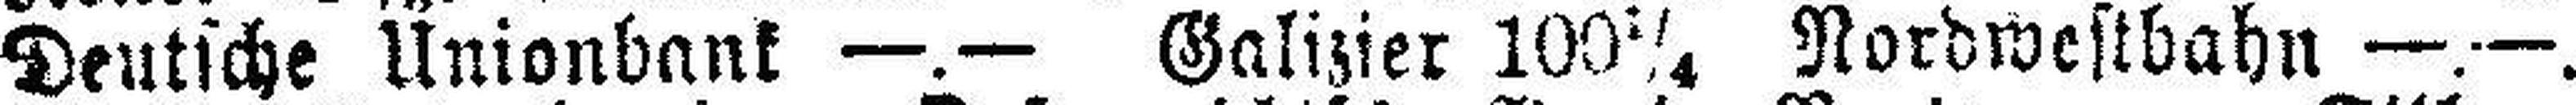
Deutsche Unionbank —.— Galizier 100¼ Nordwestbahn —.—.